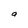
Character: a